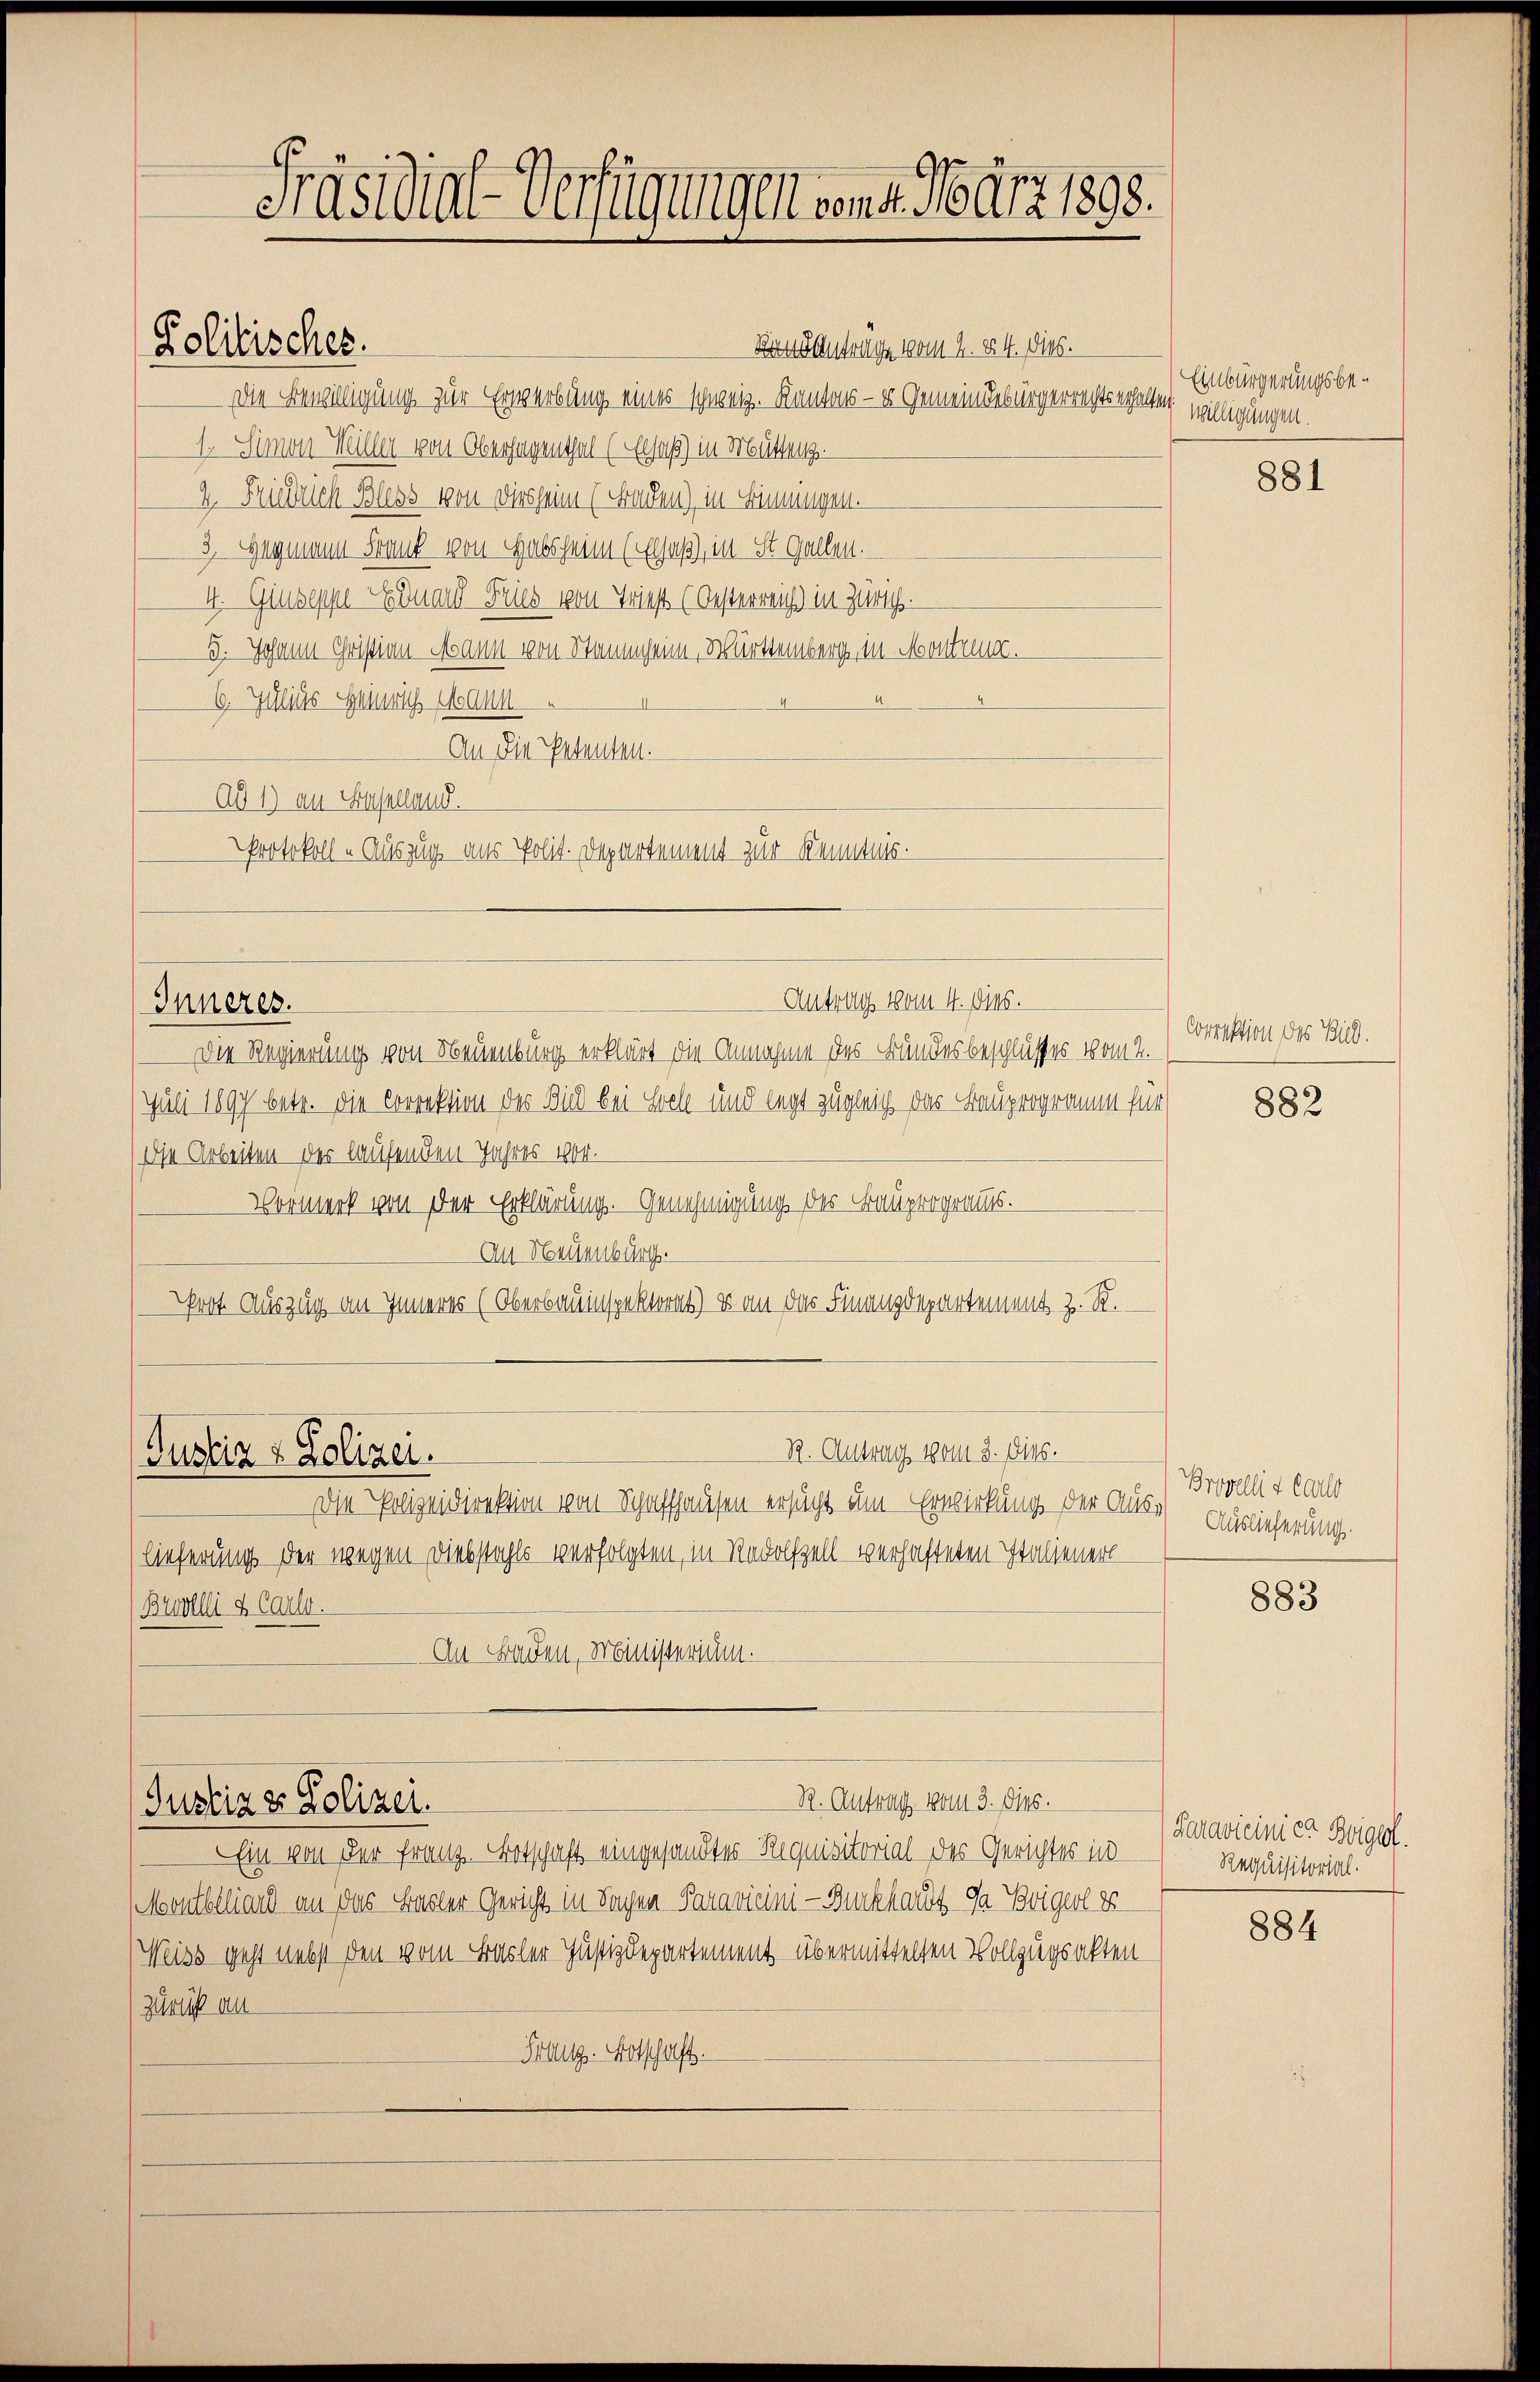
Kolitisches.

Präsidial-Verfügungen von d. März 1898.

Ronantrage vom 2. §. 4. Dies.
Die Bewilligung zur Erwerbung eines schweiz. Kantons - u Gemeindebürgerrechts erhalten,
1. Simon Weiller von Oberhagenthal (Elsaß) in Mütteng
2. Friedrich Bless von diesheim (Fraden), in Bingen.
3. Hegmann Frank von Habsheim (Gesaß, in St. Gallen.
4. Giuseppe Eduard Fries von Triest (Oesterreich in Zürich.
3. Johann Christian Mann von Stammheim, Württemberg in Montreng.
6. Julius Heinrich Mann
An die Petenten.
Ad 1) an Baselland.
Protokoll Auszug aus Polit. Departement zur Kenntnis.
Antrag vom 4. Dies.
Inneres.
Die Regierung von Neuenburg erklärt die Annahme des Bundesbeschlusses vom 2.
Juli 1897 betr. die Correktion des Bild bei Hoch und legt zugleich das Bauprogramm für
Ise Arbeiten der laufenden Jahres vor.
Vormerk von der Erklärung. Genehmigung des Bauprograus.
An Neuenbur
rot Auszug an Inneres (Oberbauinspektorat) u. an das Finanzdepartement z. R.

Justiz & Polizei.

Die Polizeidirektion von Schaffhausen ersucht um Erwirkung der Auslieferung der wegen Diebstahls verfolgten, in Radolfzell verhafteten Italienerl
Brvolli & Carl.
An Baden, Ministerium.

R. Antrag vom 3. Dies.

R. Antrag vom 3. ds.
Justiz & Polizei.

Ein von der Franz. Botschaft eingesandtes Requisitorial des Gerichtes in
Meontblliard an das Basler Gericht in Sachen Paravicini - Burkhardt da Brigerl er
Weiss geht nebst den vom Basler Justizdepartement übermittelten Vollzugsakten
zurich au
Praug. Botschaft.

Einbürgerungsbewilligungen.

881

Correktion des Bild.

882

Bropelli t Carlo
Auslieferung.

883

Karavicinier Beigel.
Requisitorial.

884